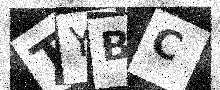
Text: TYBC